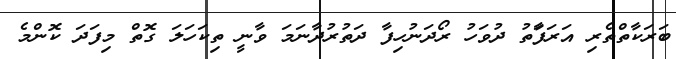
ބަރަކާތްތެރި އަރަފަާތު ދުވަހު ރޯދަނުހިފާ ދަތުރުދާނަމަ ވާނީ ތިކަހަލަ ގޮތް މިފަދަ ކޮންމެ